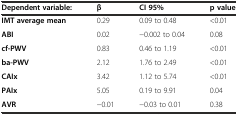
<table><thead><tr><td><b>Dependent variable:</b></td><td><b>β</b></td><td><b>CI 95%</b></td><td><b>p value</b></td></tr></thead><tbody><tr><td><b>IMT average mean</b></td><td>0.29</td><td>0.09 to 0.48</td><td>&lt;0.01</td></tr><tr><td><b>ABI</b></td><td>0.02</td><td>−0.002 to 0.04</td><td>0.08</td></tr><tr><td><b>cf-PWV</b></td><td>0.83</td><td>0.46 to 1.19</td><td>&lt;0.01</td></tr><tr><td><b>ba-PWV</b></td><td>2.12</td><td>1.76 to 2.49</td><td>&lt;0.01</td></tr><tr><td><b>CAIx</b></td><td>3.42</td><td>1.12 to 5.74</td><td>&lt;0.01</td></tr><tr><td><b>PAIx</b></td><td>5.05</td><td>0.19 to 9.91</td><td>0.04</td></tr><tr><td><b>AVR</b></td><td>−0.01</td><td>−0.03 to 0.01</td><td>0.38</td></tr></tbody></table>